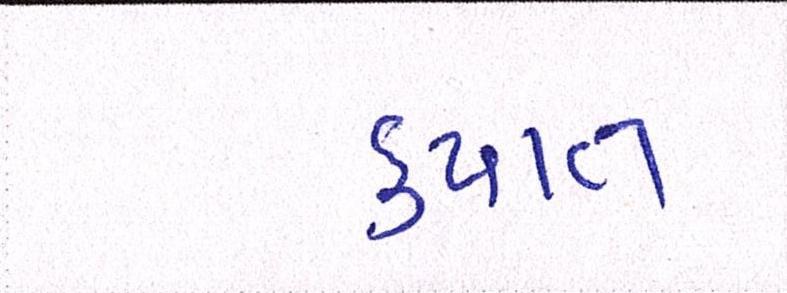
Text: કપાત